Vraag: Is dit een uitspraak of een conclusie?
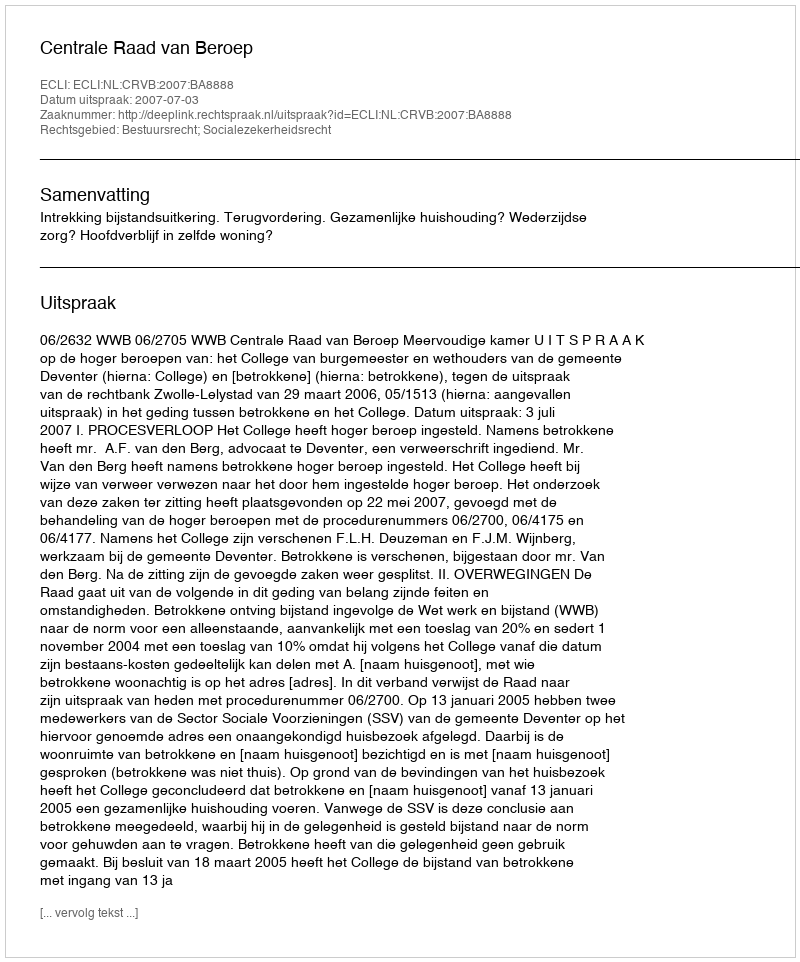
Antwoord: Uitspraak